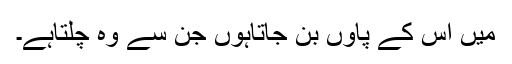
میں اس کے پاؤں بن جاتاہوں جن سے وہ چلتاہے۔